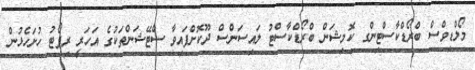
މޯލްޑިވްސް ބްރޯޑްކާސްޓިންގ ކޮމިޝަން ބްރޯޑްކާސްޓު ލައިސަންސް ދޫކޮށްފައިވާ ސްޓޭޝަންތަކުގެ އަހަރީ ރިޕޯޓު ހުށަހެޅުން